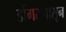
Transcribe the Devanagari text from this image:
डोंगरापासून